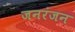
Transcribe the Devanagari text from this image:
जनरंजन